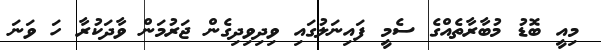
މިއީ ބޮޑު މުބާރާތެއްގެ ސެމީ ފައިނަލުގައި ވިދިވިދިގެން ޖަރުމަން ވާދަކުރާ ހަ ވަނަ